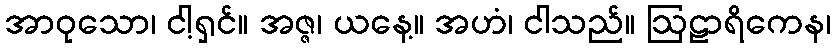
အာဝုသော၊ ငါ့ရှင်။ အဇ္ဇ၊ ယနေ့။ အဟံ၊ ငါသည်။ ဩဠာရိကေန၊